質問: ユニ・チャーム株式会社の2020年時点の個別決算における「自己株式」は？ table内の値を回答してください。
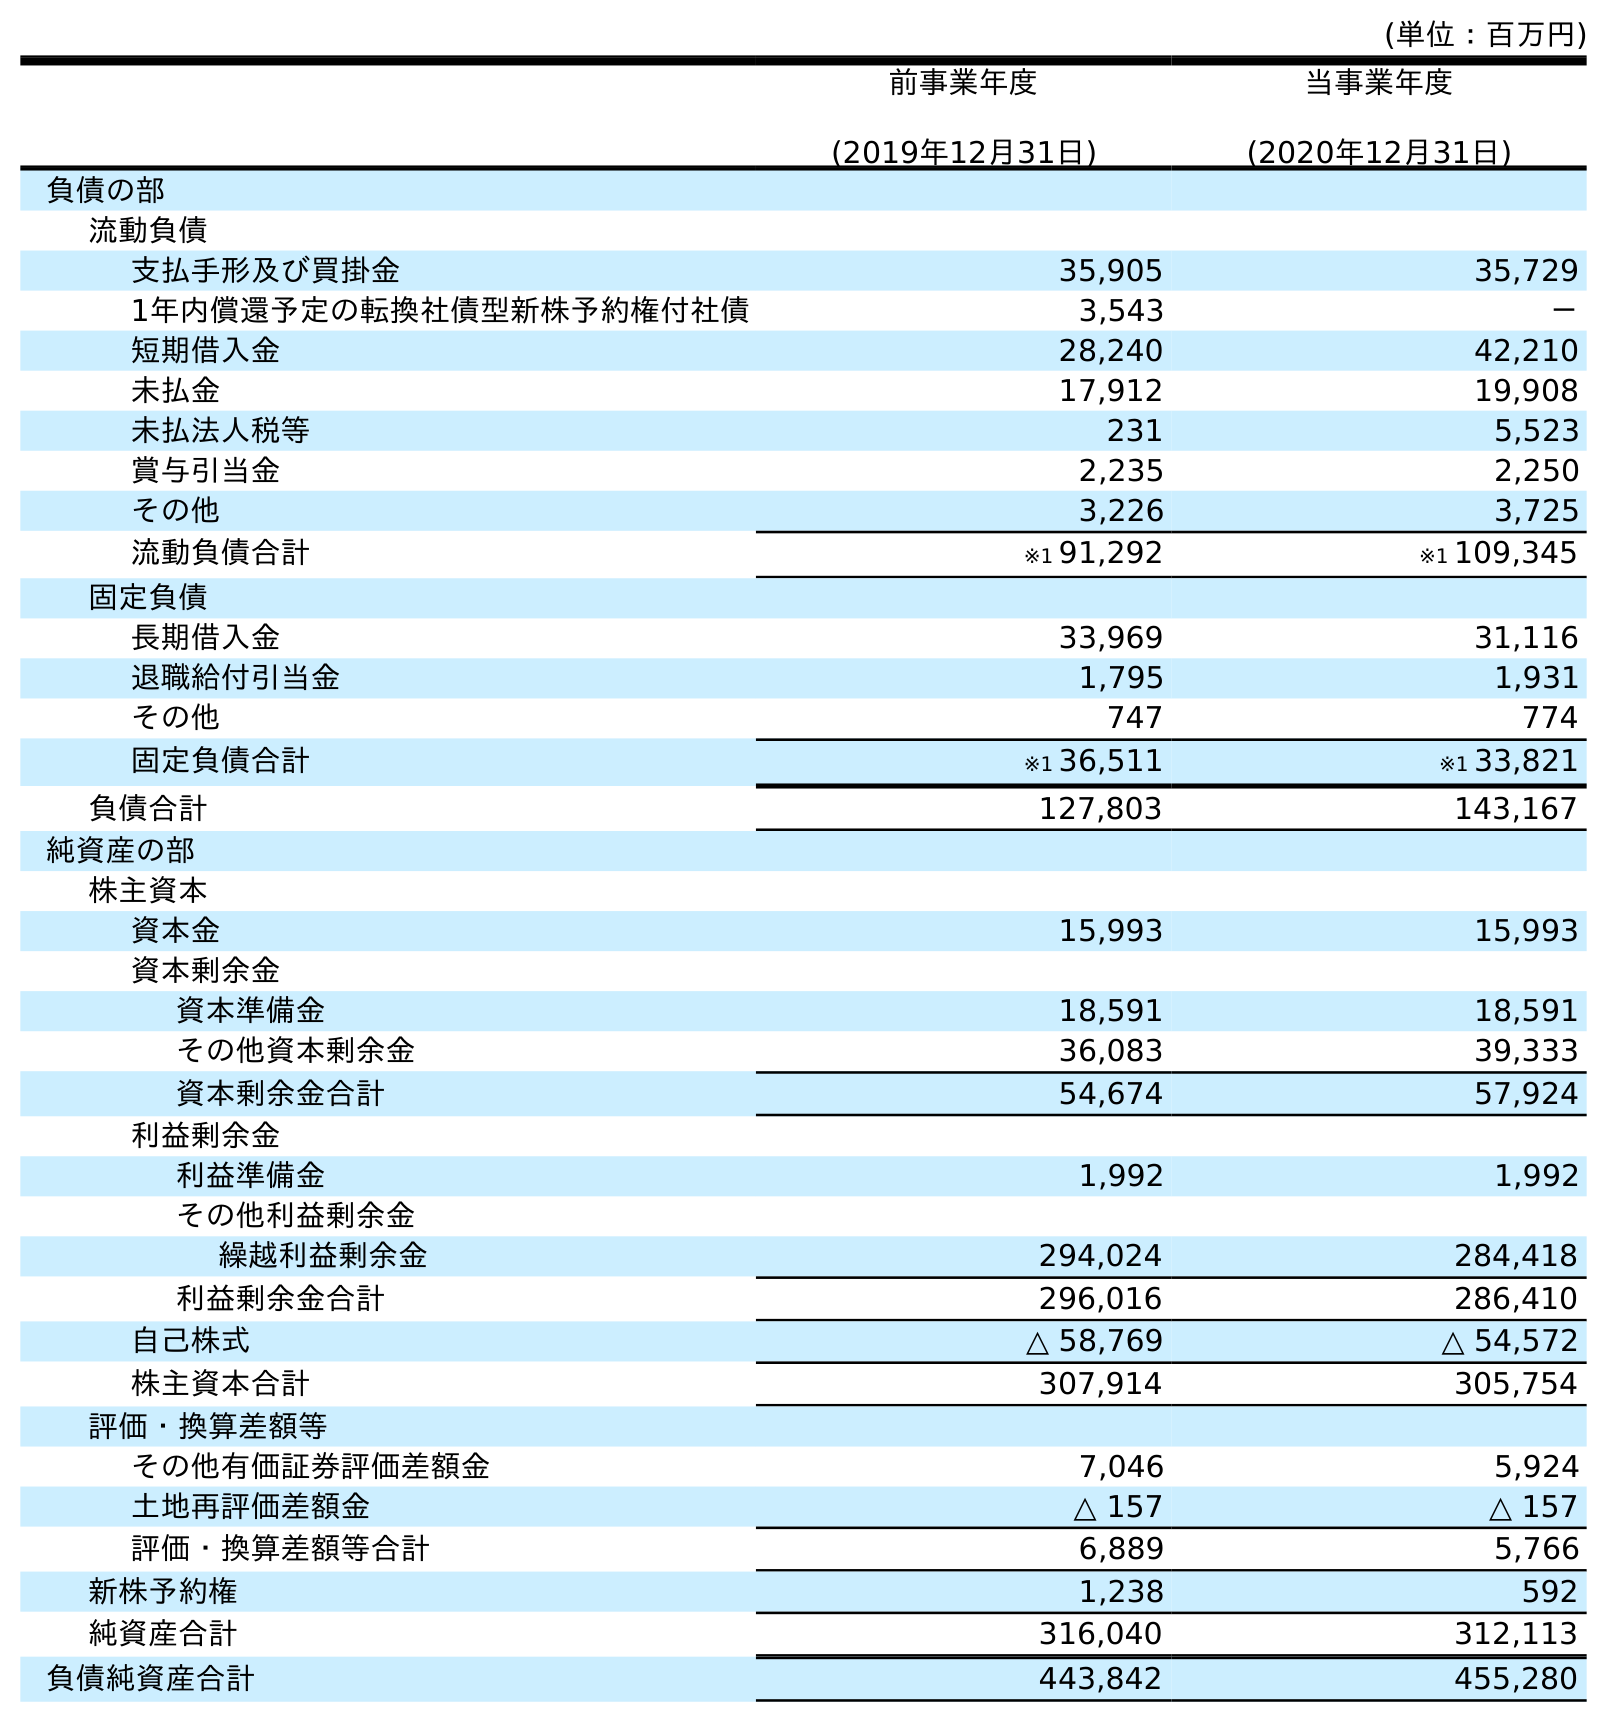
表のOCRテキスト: (単位：百万円) 前事業年度 (2019年12月31日) 当事業年度 (2020年12月31日) 負債の部 流動負債 支払手形及び買掛金 35,905 35,729 1年内償還予定の転換社債型新株予約権付社債 3,543 － 短期借入金 28,240 42,210 未払金 17,912 19,908 未払法人税等 231 5,523 賞与引当金 2,235 2,250 その他 3,226 3,725 流動負債合計 ※1 91,292 ※1 109,345 固定負債 長期借入金 33,969 31,116 退職給付引当金 1,795 1,931 その他 747 774 固定負債合計 ※1 36,511 ※1 33,821 負債合計 127,803 143,167 純資産の部 株主資本 資本金 15,993 15,993 資本剰余金 資本準備金 18,591 18,591 その他資本剰余金 36,083 39,333 資本剰余金合計 54,674 57,924 利益剰余金 利益準備金 1,992 1,992 その他利益剰余金 繰越利益剰余金 294,024 284,418 利益剰余金合計 296,016 286,410 自己株式 △ 58,769 △ 54,572 株主資本合計 307,914 305,754 評価・換算差額等 その他有価証券評価差額金 7,046 5,924 土地再評価差額金 △ 157 △ 157 評価・換算差額等合計 6,889 5,766 新株予約権 1,238 592 純資産合計 316,040 312,113 負債純資産合計 443,842 455,280
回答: △54,572